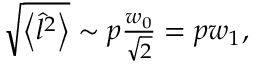
\begin{array} { r } { \sqrt { \left\langle \hat { l } ^ { 2 } \right\rangle } \sim p \frac { w _ { 0 } } { \sqrt { 2 } } = p w _ { 1 } , } \end{array}